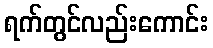
ရက်တွင်လည်းကောင်း